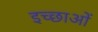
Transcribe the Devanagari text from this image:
इच्छाआें